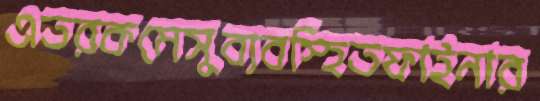
এতরকমেসুব্যবস্হিতফাইনার